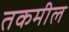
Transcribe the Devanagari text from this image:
तकमील